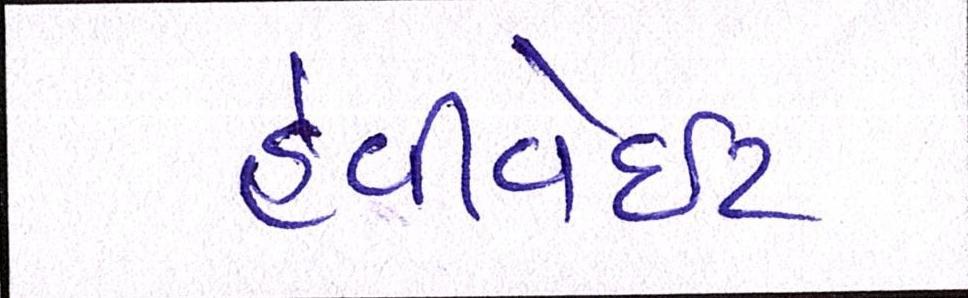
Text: હેવીવેઇટ